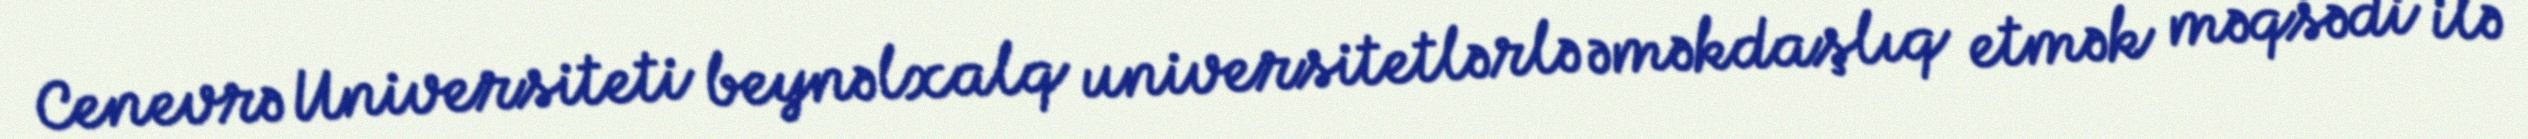
Cenevrə Universiteti beynəlxalq universitetlərlə əməkdaşlıq etmək məqsədi ilə